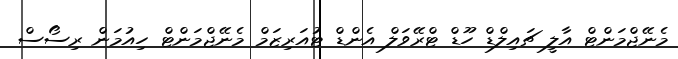
މެނޭޖްމަންޓް އާލީ ޗައިލްޑް ހޫޑް ޓްރޭވަލް އެންޑް ޓުއަރިޒަމް މެނޭޖްމަންޓް ހިއުމަން ރިސޯސް